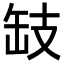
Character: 𢻂